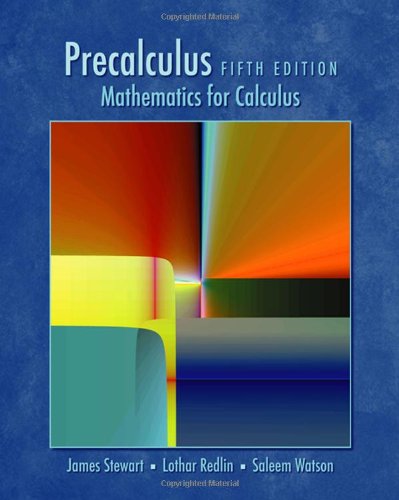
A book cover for Precalculus: Mathematics for Calculus, Enhanced Review Edition, 5th Edition; James Stewart; Medical Books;